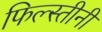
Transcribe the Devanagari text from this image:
फिल्स्तीनी